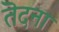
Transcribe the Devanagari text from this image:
तॆदना